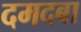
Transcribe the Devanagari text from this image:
दमदबा